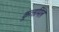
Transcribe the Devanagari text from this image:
कूत्समिल